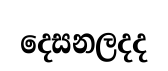
දෙසනලදද